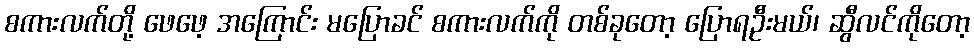
စကားလက်တို့ ဖေဖေ့ အကြောင်း မပြောခင် စကားလက်ကို တစ်ခုတော့ ပြောရဦးမယ်၊ ဆွီလင်ကိုတော့